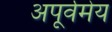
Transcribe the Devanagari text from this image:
अपूर्वमेय